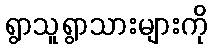
ရွာသူရွာသားများကို